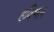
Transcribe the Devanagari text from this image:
हविभाग